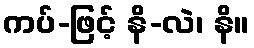
ကပ်-ဖြင့် နိ-လဲ၊ နိ။